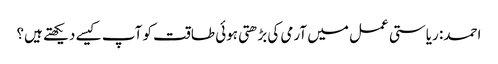
احمد: ریاستی عمل میں آرمی کی بڑھتی ہوئی طاقت کو آپ کیسے دیکھتے ہیں؟